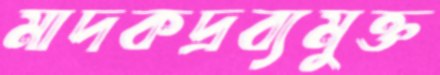
মাদকদ্রব্যমুক্ত